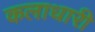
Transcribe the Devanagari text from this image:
कलाधारी